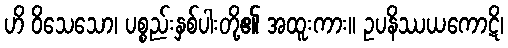
ဟိ ဝိသေသော၊ ပစ္စည်းနှစ်ပါးတို့၏ အထူးကား။ ဥပနိဿယကောဋိ၊